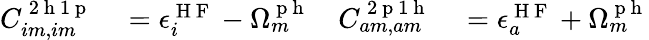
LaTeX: \begin{array}{rlrl}{C_{im,im}^{\mathrm{~2~h~1~p~}}}&{{}=\epsilon_{i}^{\mathrm{~H~F~}}-\Omega_{m}^{\mathrm{~p~h~}}}&{C_{am,am}^{\mathrm{~2~p~1~h~}}}&{{}=\epsilon_{a}^{\mathrm{~H~F~}}+\Omega_{m}^{\mathrm{~p~h~}}}\end{array}